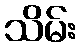
သိမ်း